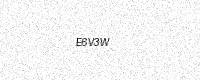
Text: E6V3W